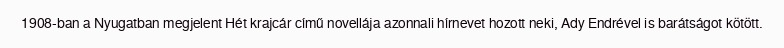
1908-ban a Nyugatban megjelent Hét krajcár című novellája azonnali hírnevet hozott neki, Ady Endrével is barátságot kötött.